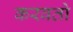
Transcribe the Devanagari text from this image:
करवतो